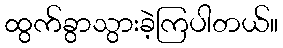
ထွက်ခွာသွားခဲ့ကြပါတယ်။